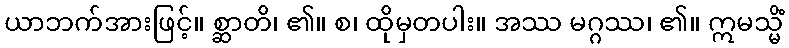
ယာဘက်အားဖြင့်။ စ္ဆာတိ၊ ၏။ စ၊ ထိုမှတပါး။ အဿ မဂ္ဂဿ၊ ၏။ ဣမသ္မိံ